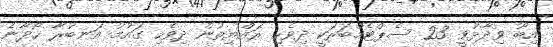
އިބޫ ވިދާޅުވީ 23 ސެޕްޓެމްބަރަކީ ދިވެހި ރައްޔިތުން ދިވެހި ގައުމު އަނބުރާ ހޯދާނެ